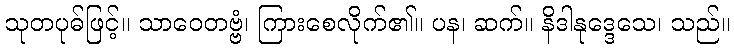
သုတပုဓ်ဖြင့်။ သာဝေတဗ္ဗံ၊ ကြားစေလိုက်၏။ ပန၊ ဆက်။ နိဒါနုဒ္ဒေသေ၊ သည်။